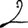
Digit: 2